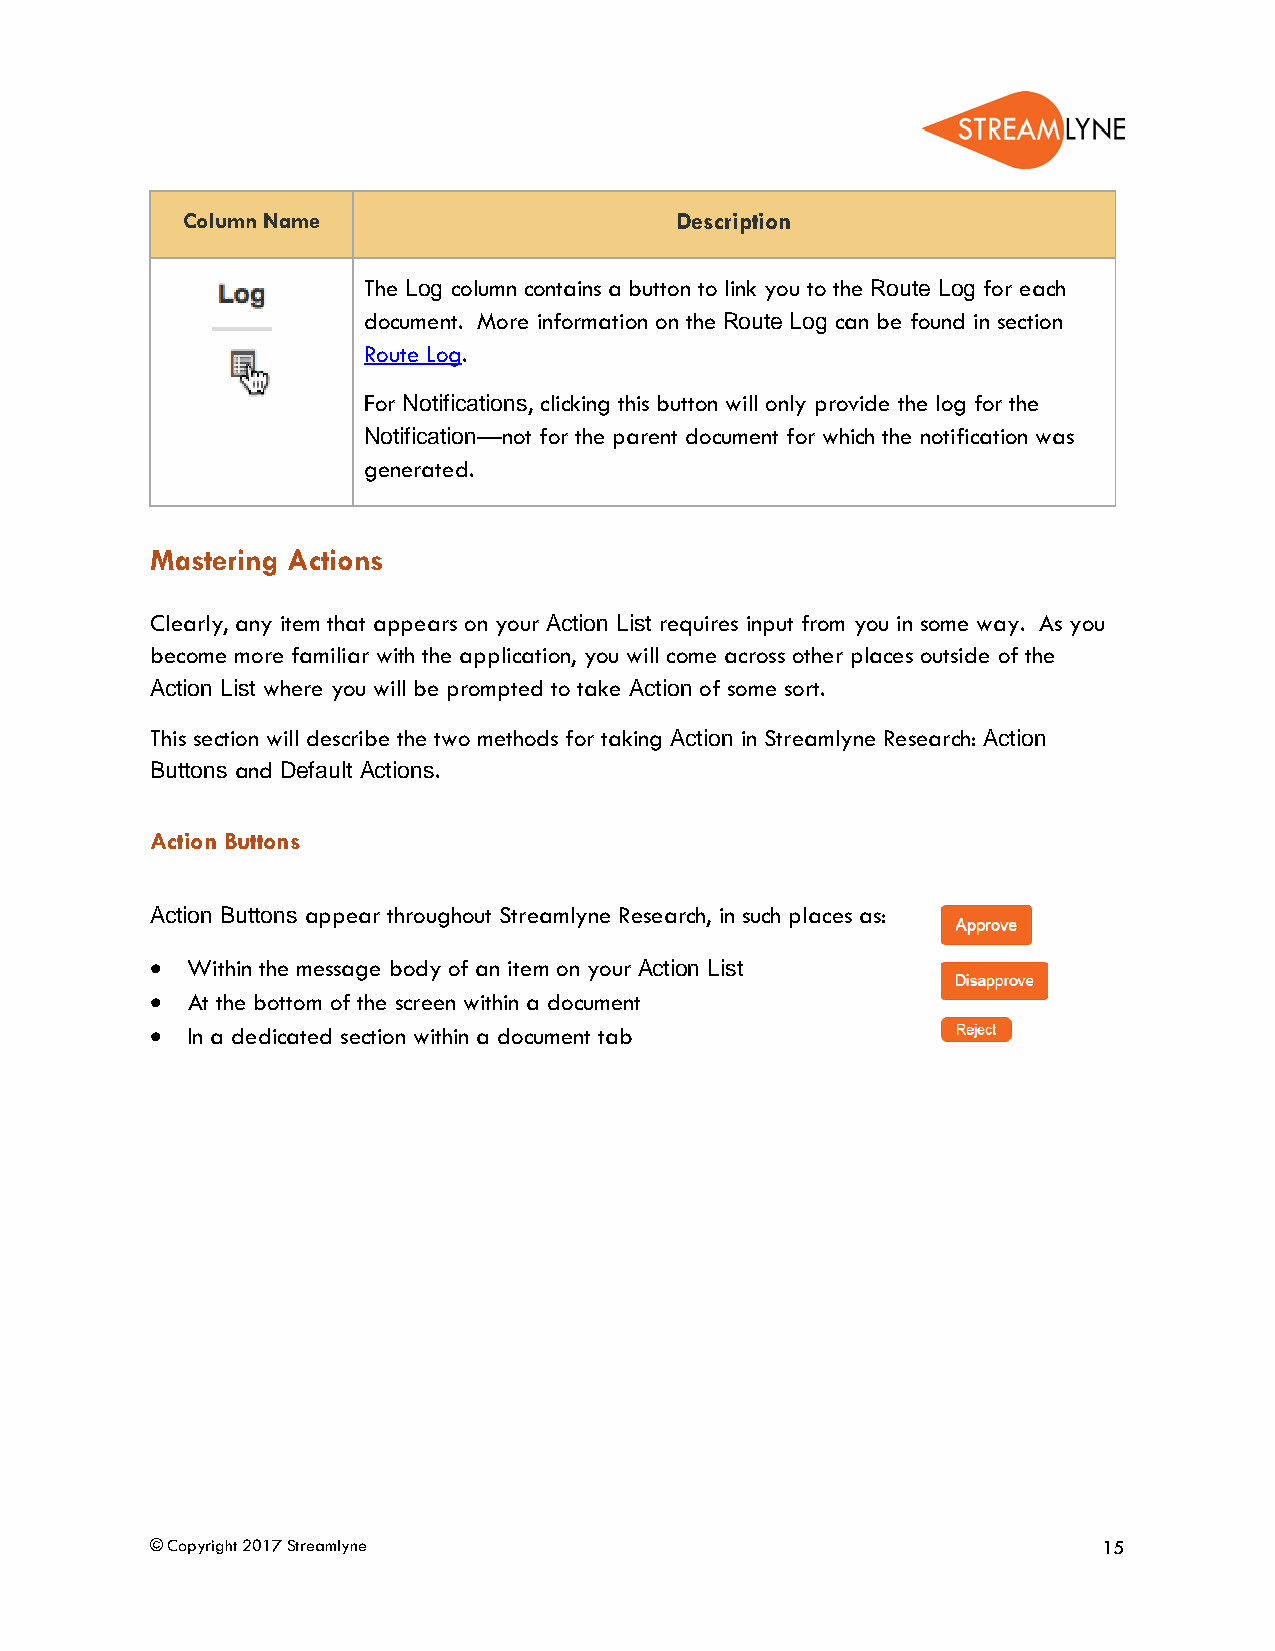
Column Name                      Description
 The Log column contains a button to link you to the Route Log for each
 document. More information on the Route Log can be found in section
 Route Log.
 For Notifications, clicking this button will only provide the log for the
 Notification—not for the parent document for which the notification was
 generated.
 Mastering Actions
 Clearly, any item that appears on your Action List requires input from you in some way. As you
 become more familiar with the application, you will come across other places outside of the
 Action List where you will be prompted to take Action of some sort.
 This section will describe the two methods for taking Action in Streamlyne Research: Action
 Buttons and Default Actions.
 Action Buttons
 Action Buttons appear throughout Streamlyne Research, in such places as:
 • Within the message body of an item on your Action List
 • At the bottom of the screen within a document
 • In a dedicated section within a document tab
 © Copyright 2017 Streamlyne                                    15